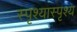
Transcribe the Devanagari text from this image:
स्पृश्‍यास्पृश्‍य